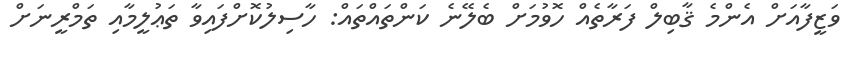
ވަޒީފާއަށް އެންމެ ޤާބިލް ފަރާތެއް ހޮވުމަށް ބެލޭނެ ކަންތައްތައް: ހާސިލުކޮށްފައިވާ ތަޢުލީމާއި ތަމްރީނަށް